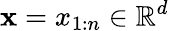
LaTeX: \textbf{x}=x_{1:n}\in\mathbb{R}^{d}